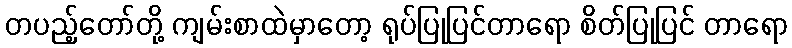
တပည့်တော်တို့ ကျမ်းစာထဲမှာတော့ ရုပ်ပြုပြင်တာရော စိတ်ပြုပြင် တာရော